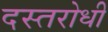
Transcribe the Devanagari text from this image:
दस्तरोधी